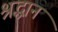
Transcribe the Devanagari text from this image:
श्रद्धान